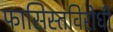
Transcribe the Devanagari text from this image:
फासिस्तविरोधी